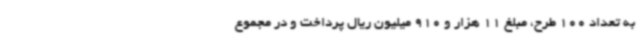
به تعداد 100 طرح، مبلغ 11 هزار و 910 میلیون ریال پرداخت و در مجموع